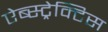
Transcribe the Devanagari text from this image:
ऐब्स्ट्रेक्टिस